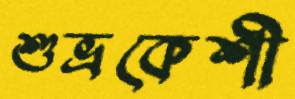
শুভ্রকেশী